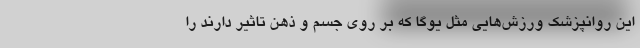
این روانپزشک ورزش‌هایی مثل یوگا که بر روی جسم و ذهن تاثیر دارند را